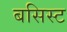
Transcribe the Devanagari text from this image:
बसिस्ट